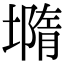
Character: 𡐦